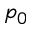
p _ { 0 }